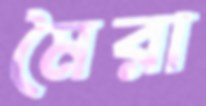
মৈরা